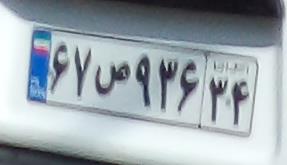
۶۷ص۹۳۶۳۴